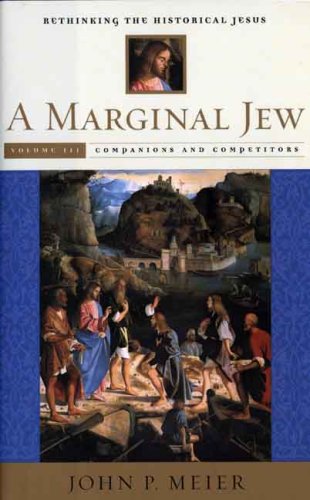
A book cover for A Marginal Jew: Rethinking the Historical Jesus, Volume III: Companions and Competitors (The Anchor Yale Bible Reference Library); John P. Meier; Christian Books & Bibles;